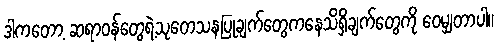
ဒါကတော့ ဆရာဝန်တွေရဲ့သုတေသနပြုချက်တွေကနေသိရှိချက်တွေကို ဝေမျှတာပါ။